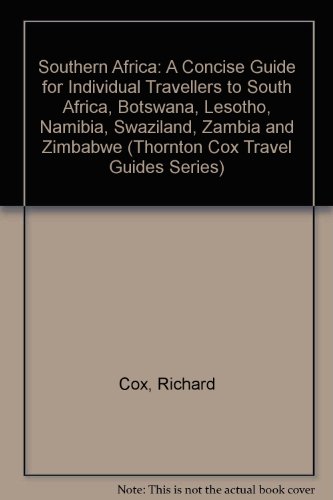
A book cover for Southern Africa: A Concise Guide for Individual Travellers to South Africa, Botswana, Lesotho, Namibia, Swaziland, Zambia and Zimbabwe (Thornton Cox Travel Guides Series); Richard Cox; Travel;